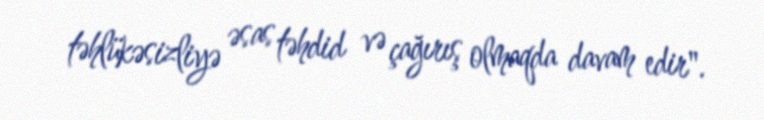
təhlükəsizliyə əsas təhdid və çağırış olmaqda davam edir".